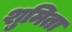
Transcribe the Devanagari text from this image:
शुमिता